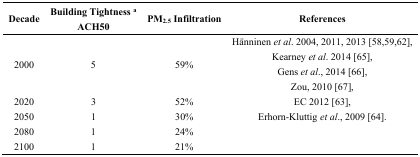
| Decade | Building Tightness a ACH50 | PM2.5 Infiltration | References |
 | --- | --- | --- | --- |
 | 2000 | 5 | 59% | Hänninen et al. 2004, 2011, 2013 [58,59,62],Kearney et al. 2014 [65],Gens et al., 2014 [66],Zou, 2010 [67], |
 | 2020 | 3 | 52% | EC 2012 [63], |
 | 2050 | 1 | 30% | Erhorn-Kluttig et al., 2009 [64]. |
 | 2080 | 1 | 24% |  |
 | 2100 | 1 | 21% |  |